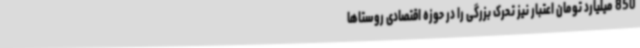
850 میلیارد تومان اعتبار نیز تحرک بزرگی را در حوزه اقتصادی روستاها